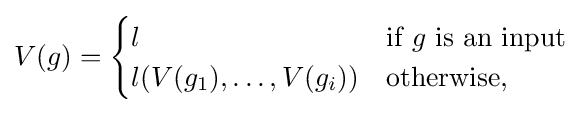
V(g)={\begin{cases}l&{\text{if }}g{\text{ is an input}}\\l(V(g_{1}),\dotsc ,V(g_{i}))&{\text{otherwise,}}\end{cases}}